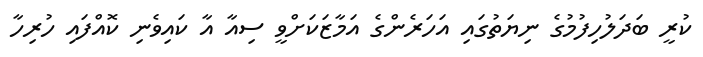
ކުރީ ބަދަލުހިފުމުގެ ނިޔަތުގައި އަހަރެންގެ އަމާޒަކަށްވީ ސިއާ އާ ކައިވެނި ކޮއްފައި ހުރިހާ